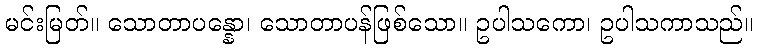
မင်းမြတ်။ သောတာပန္နော၊ သောတာပန်ဖြစ်သော။ ဥပါသကော၊ ဥပါသကာသည်။